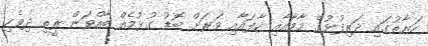
ހަޔާތުގައި ދަރިފުޅުގެ މާމާއާއި ކާފައާއި ވަރަށް ބޮޑު ގުޅުމެއް ބާއްވަން ރީތި ދިވެހި